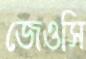
জেওসি